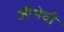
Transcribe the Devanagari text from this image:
जीभेची